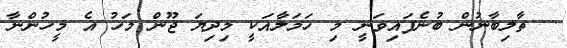
ތާލިބާނުން ބުނެފައިވަނީ މި ހަމަލާއަކީ މިދިޔަ ޖޫން މަހު އެ މީހުންނާ